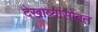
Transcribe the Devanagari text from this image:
देखाव्यांसोबत